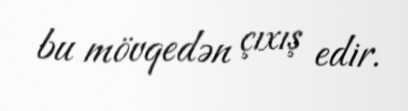
bu mövqedən çıxış edir.